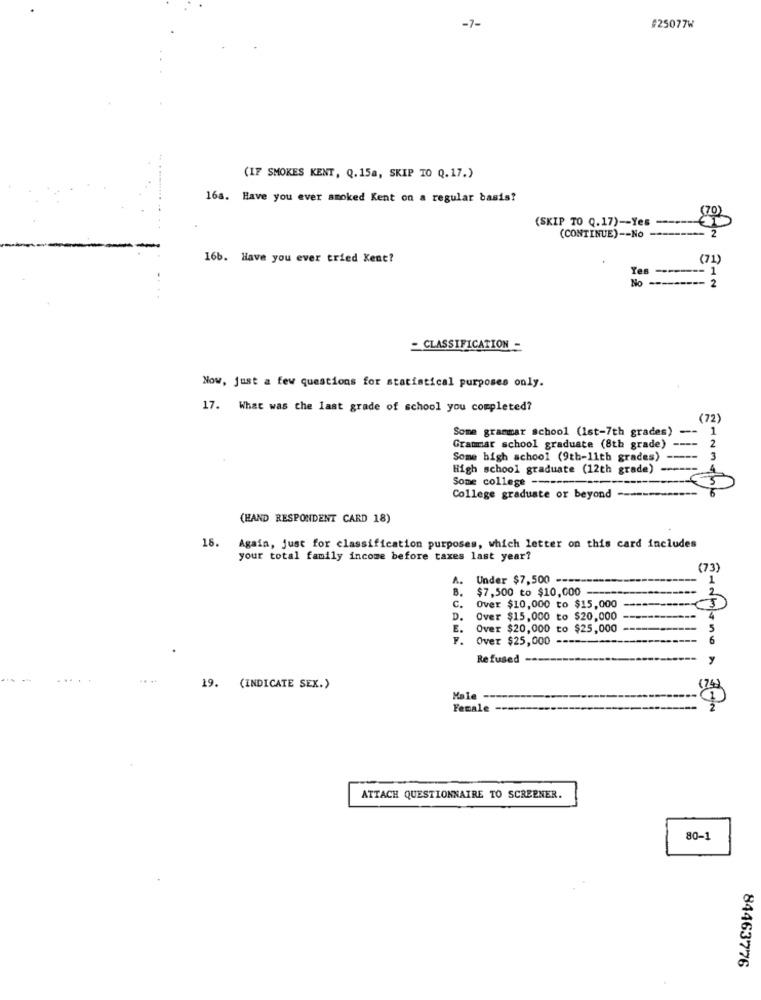
-7-
#25077W
(IF SMOKES KENT, Q.15a, SKIP TO Q.17.)
16a. Have you ever smoked Kent on a regular basis?
(SKIP TO Q.17) -- Yes
(CONTINUE) -- No ---------
16b. Have you ever tried Kent?
(71)
Yes
----- 1
No --------- 2
- CLASSIFICATION -
Now, just a few questions for statistical purposes only.
17. What was the last grade of school you completed?
(72)
Some grammar school (Ist-7th grades)
--
1
Grammar school graduate (8th grade)
Some high school (9th-11th grades)
High school graduate (12th grade)
Some college -----
College graduate or beyond
(HAND RESPONDENT CARD 18)
16. Again, just for classification purposes, which letter on this card includes
your total family income before taxes last year?
(73)
A.
Under $7,500 --
B.
$7,500 to $10,000 -
C.
Over $10,000 to $15,000
D.
Over $15,000 to $20,000
E.
Over $20,000 to $25,000
Over $25,000 --
Refused-
19. (INDICATE SEX.)
Male
Female
ATTACH QUESTIONNAIRE TO SCREENER.
80-1
84463776